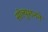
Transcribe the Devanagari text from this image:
सोल्युशनने